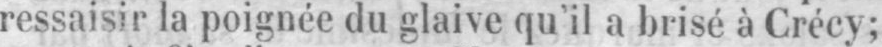
ressaisir la poignée du glaive qu’il a brisé à Crécy;